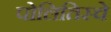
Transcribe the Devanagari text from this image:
पोलितिस्चे